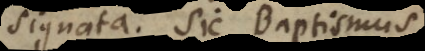
signata. Sic Baptismus